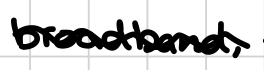
Text: broadband,
Cross-out: wave
Writing tool: digital_black